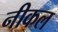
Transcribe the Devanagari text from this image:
नीकल